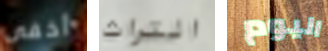
أخفى التراث اليوم